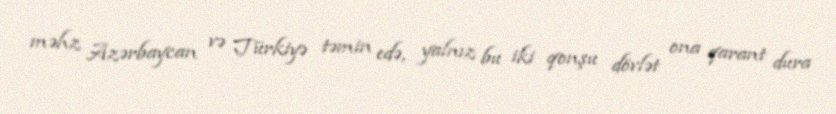
məhz Azərbaycan və Türkiyə təmin edə, yalnız bu iki qonşu dövlət ona qarant dura